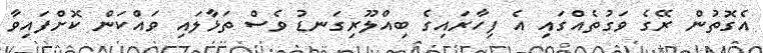
އެގޮތުން ރޭގެ ވަގުތެއްގައި އެ ފިހާރައިގެ ބިއްލޫރިގަނޑު ވެސް ތަޅާލައި ވައްކަން ކޮށްފައިވާ